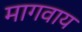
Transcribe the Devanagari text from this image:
मागवाय